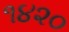
૧૪૨૦